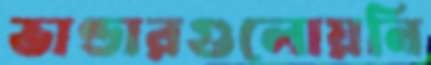
ভাণ্ডারগুলোয়নি